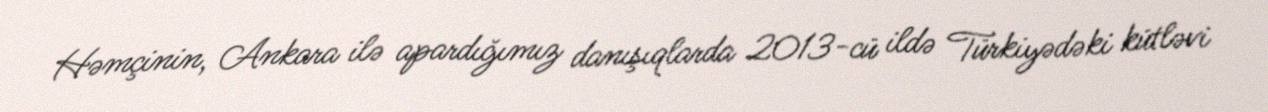
Həmçinin, Ankara ilə apardığımız danışıqlarda 2013-cü ildə Türkiyədəki kütləvi